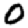
Digit: 0